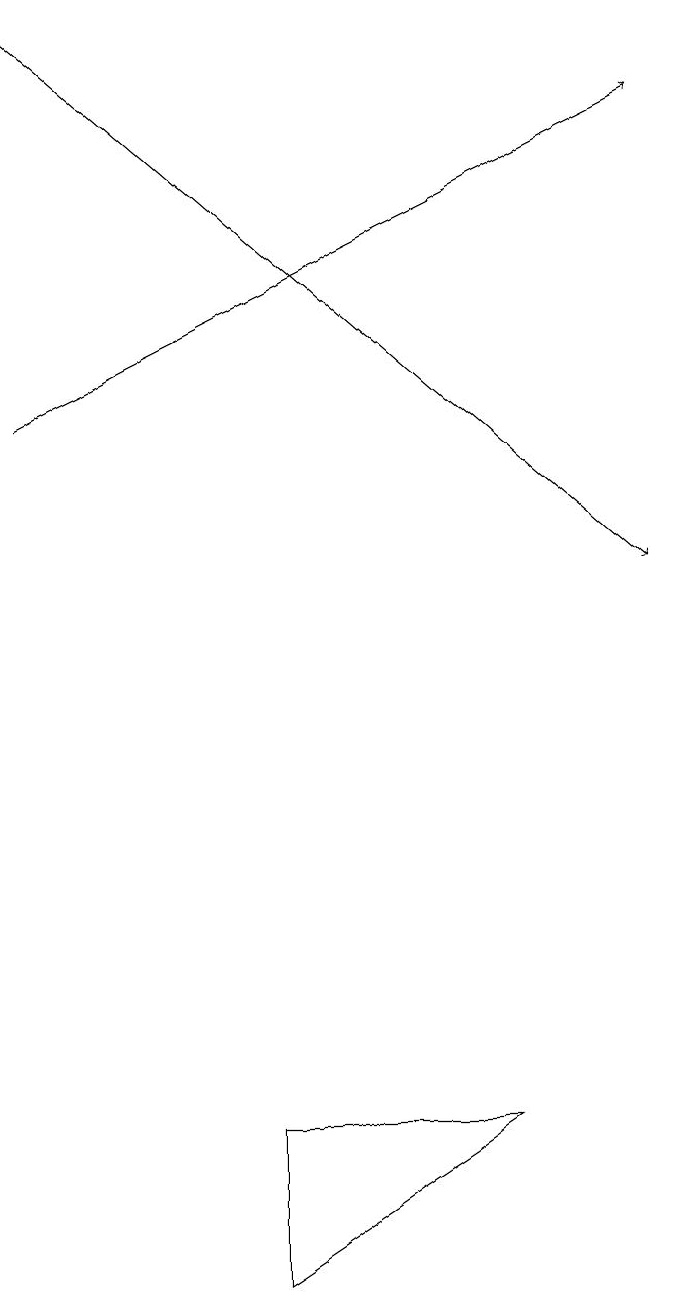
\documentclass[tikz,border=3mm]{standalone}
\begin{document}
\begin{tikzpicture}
\draw (4,5) -- (4,3) -- (7,5) -- cycle;
\draw[->] (1,19) -- (9,12);
\draw[->] (1,14) -- (9,18);
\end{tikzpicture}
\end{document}